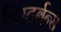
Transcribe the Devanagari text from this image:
डिस्टर्बन्स